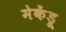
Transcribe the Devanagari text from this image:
मेकेंड्रू